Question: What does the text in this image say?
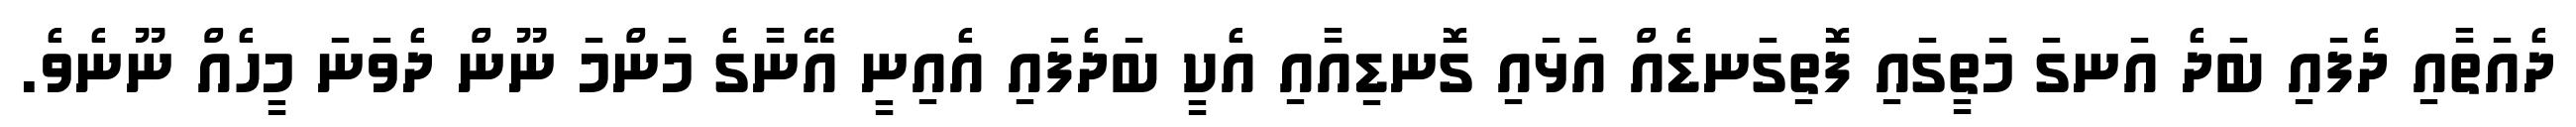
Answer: ދެއަތާއި ދެފައި ބަދެ އަނގަ މަތީގައި ފޮތިގަނޑެއް އަޅައި ގޮނޑިއާއި އެކީ ބަދެފައި އެއިނީ އޭނާގެ މަންމަ ނޫން ދެވަނަ މީހެއް ނޫނެވެ.